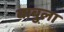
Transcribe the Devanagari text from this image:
बाबुला